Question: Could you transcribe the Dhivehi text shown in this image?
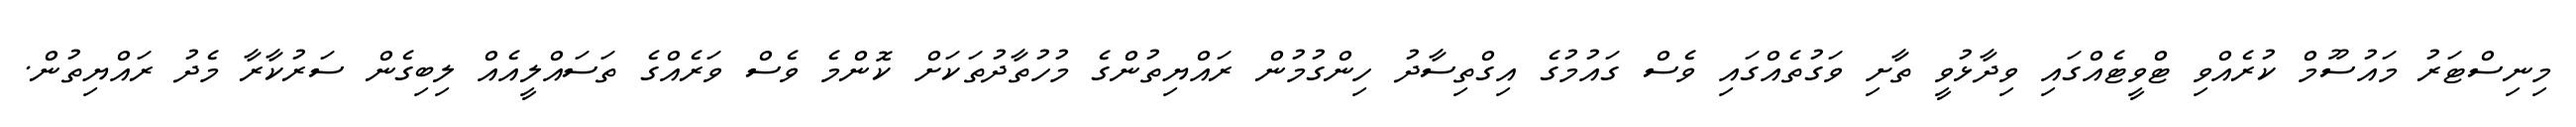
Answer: މިނިސްޓަރު މައުސޫމް ކުރެއްވި ޓްވީޓެއްގައި ވިދާޅުވީ ތާށި ވަގުތެއްގައި ވެސް ގައުމުގެ އިގްތިސާދު ހިންގުމުން ރައްޔިތުންގެ މުހުތާދުތަކަށް ކޮންމެ ވެސް ވަރެއްގެ ތަސައްލީއެއް ލިބިގެން ސަރުކާރާ މެދު ރައްޔިތުން.